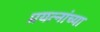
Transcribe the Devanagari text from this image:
प्रयत्नांच्या